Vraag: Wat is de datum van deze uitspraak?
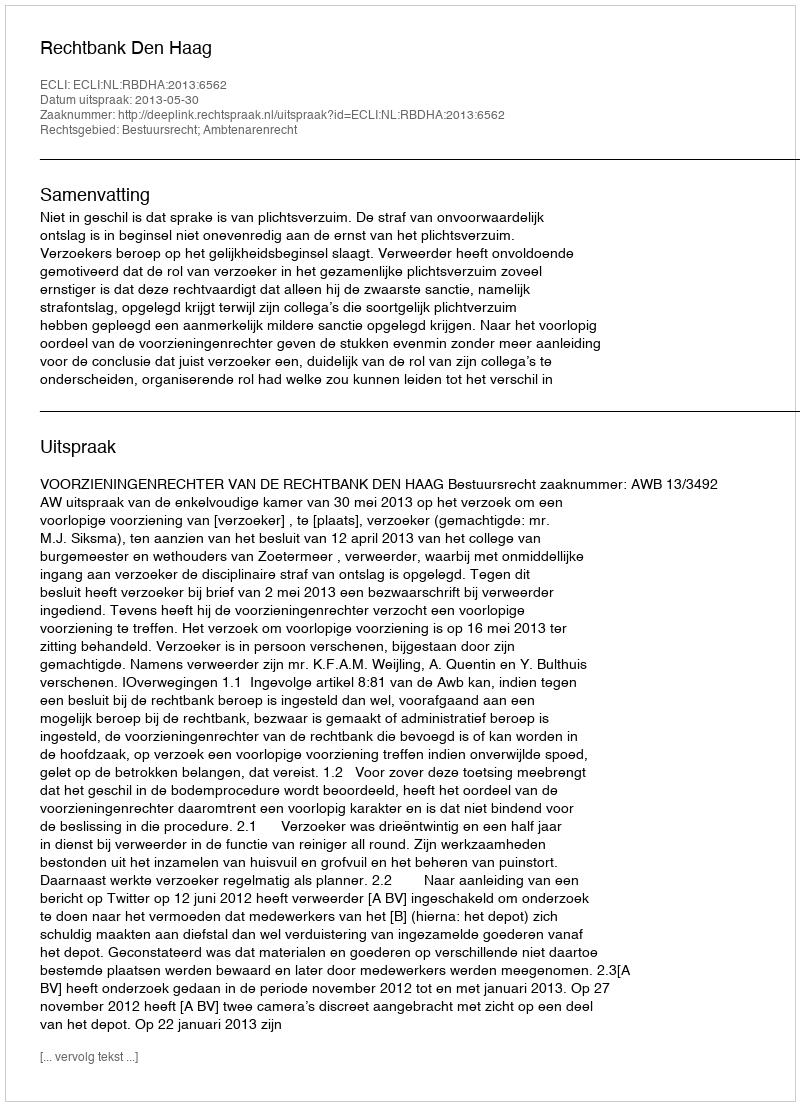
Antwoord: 2013-05-30